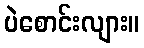
ပဲစောင်းလျား။